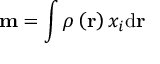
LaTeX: \mathbf { m } = \int \rho \left( \mathbf { r } \right) x _ { i } \mathrm { d } \mathbf { r }